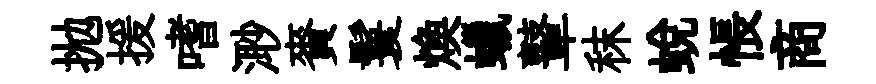
拋援嗜𣺌賚鬟煥蠟鼙秣蜕悵商